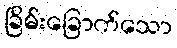
ခြိမ်းခြောက်သော